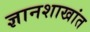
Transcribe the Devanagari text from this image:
ज्ञानशाखांत